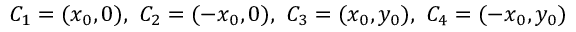
C _ { 1 } = ( x _ { 0 } , 0 ) , \ C _ { 2 } = ( - x _ { 0 } , 0 ) , \ C _ { 3 } = ( x _ { 0 } , y _ { 0 } ) , \ C _ { 4 } = ( - x _ { 0 } , y _ { 0 } )